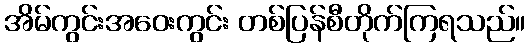
အိမ်ကွင်းအဝေးကွင်း တစ်ပြန်စီတိုက်ကြရသည်။